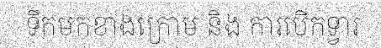
ទឹកមកខាងក្រោម និង ការបើកទ្វារ